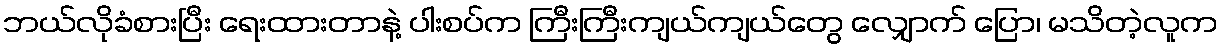
ဘယ်လိုခံစားပြီး ရေးထားတာနဲ့ ပါးစပ်က ကြီးကြီးကျယ်ကျယ်တွေ လျှောက် ပြော၊ မသိတဲ့လူက